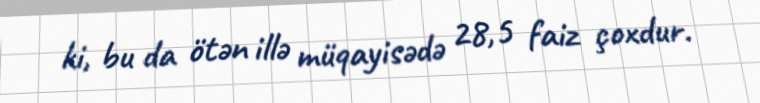
ki, bu da ötən illə müqayisədə 28,5 faiz çoxdur.